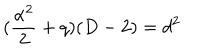
( \frac { \alpha ^ { 2 } } { 2 } + q ) ( D - 2 ) = d ^ { 2 }